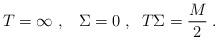
LaTeX: \begin{align*}T = \infty \; , \; \; \; \Sigma = 0 \; , \; \;T \Sigma = \frac{M}{2} \; .\end{align*}